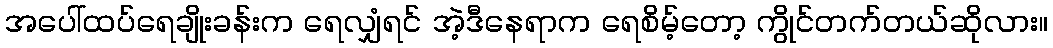
အပေါ်ထပ်ရေချိုးခန်းက ရေလျှံရင် အဲ့ဒီနေရာက ရေစိမ့်တော့ ကွိုင်တက်တယ်ဆိုလား။